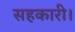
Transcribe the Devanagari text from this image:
सहकारी।